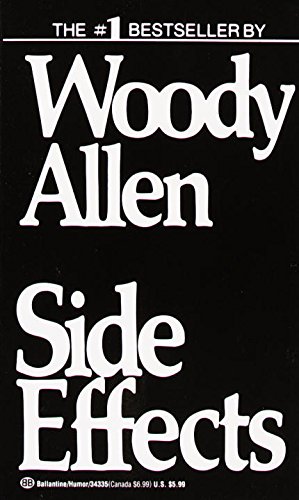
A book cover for Side Effects; Woody Allen; Humor & Entertainment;